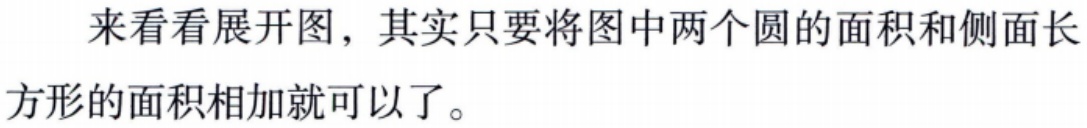
来看看展开图，其实只要将图中两个圆的面积和侧面长方形的面积相加就可以了。